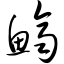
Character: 鲚